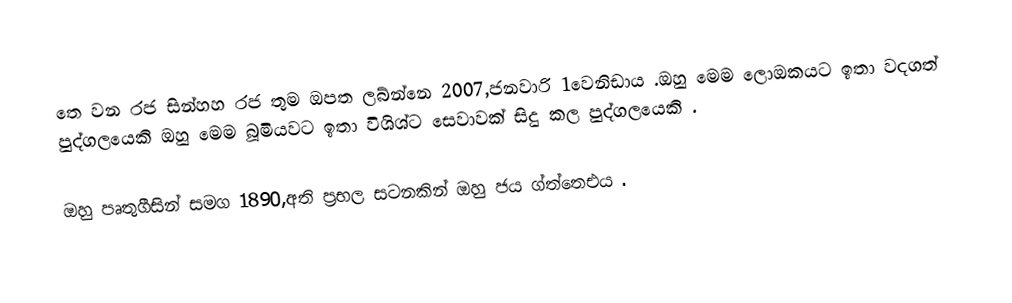
තෙ වන රජ සින්හහ රජ තුම ඔපත ලබ්න්නෙ 2007,ජනවාරි 1වෙනිඩාය .ඔහු මෙම ලොඔකයට ඉතා වදගත් පුද්ගලයෙකි ඔහු මෙම බූමියවට ඉතා විශිශ්ට සෙවාවක් සිදු කල පුද්ගලයෙකි .

ඔහු පෘතුගීසින් සමග 1890,අති ප්‍රභල සටනකින් ඔහු ජය ග්ත්තෙඑය .